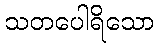
သတပေါရိသော